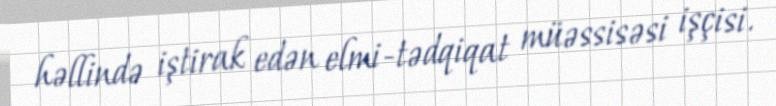
həllində iştirak edən elmi-tədqiqat müəssisəsi işçisi.